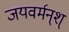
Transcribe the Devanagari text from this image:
जयवर्मन्‌श्